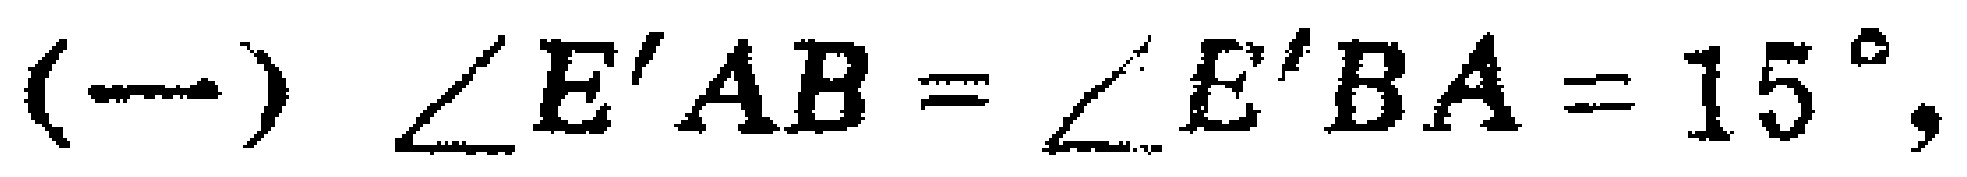
(一) $\angle E'AB=\angle E'BA = 15^{\circ}$,